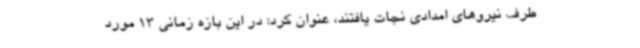
طرف نیروهای امدادی نجات یافتند، عنوان کرد: در این بازه زمانی 13 مورد